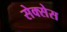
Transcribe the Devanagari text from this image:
सेक्सेस